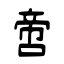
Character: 啻